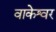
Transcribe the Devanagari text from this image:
वाकेश्वर